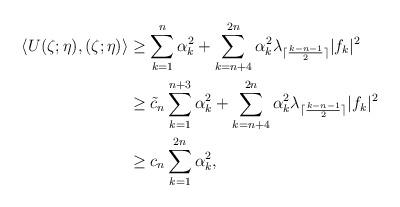
LaTeX: \begin{align*} \langle U(\zeta;\eta),(\zeta;\eta)\rangle &\ge\sum \limits_{k=1}^{n} \alpha _k^2+\sum \limits_{k=n+4}^{2n} \alpha _k^2 \lambda_{\lceil \frac{k-n-1}{2}\rceil} |f_k|^2 \\ &\geq \tilde c_n \sum \limits_{k=1}^{n+3} \alpha _k^2+\sum \limits_{k=n+4}^{2n} \alpha _k^2 \lambda_{\lceil \frac{k-n-1}{2} \rceil} |f_k|^2\\ &\geq c_n \sum \limits_{k=1}^{2n} \alpha _k^2,\end{align*}